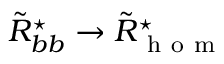
\tilde { R } _ { b b } ^ { \star } \rightarrow \tilde { R } _ { \mathrm { ~ h ~ o ~ m ~ } } ^ { \star }